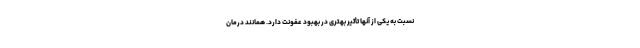
نسبت به یکی از آنها تأثیر بهتری در بهبود عفونت دارد. همانند درمان